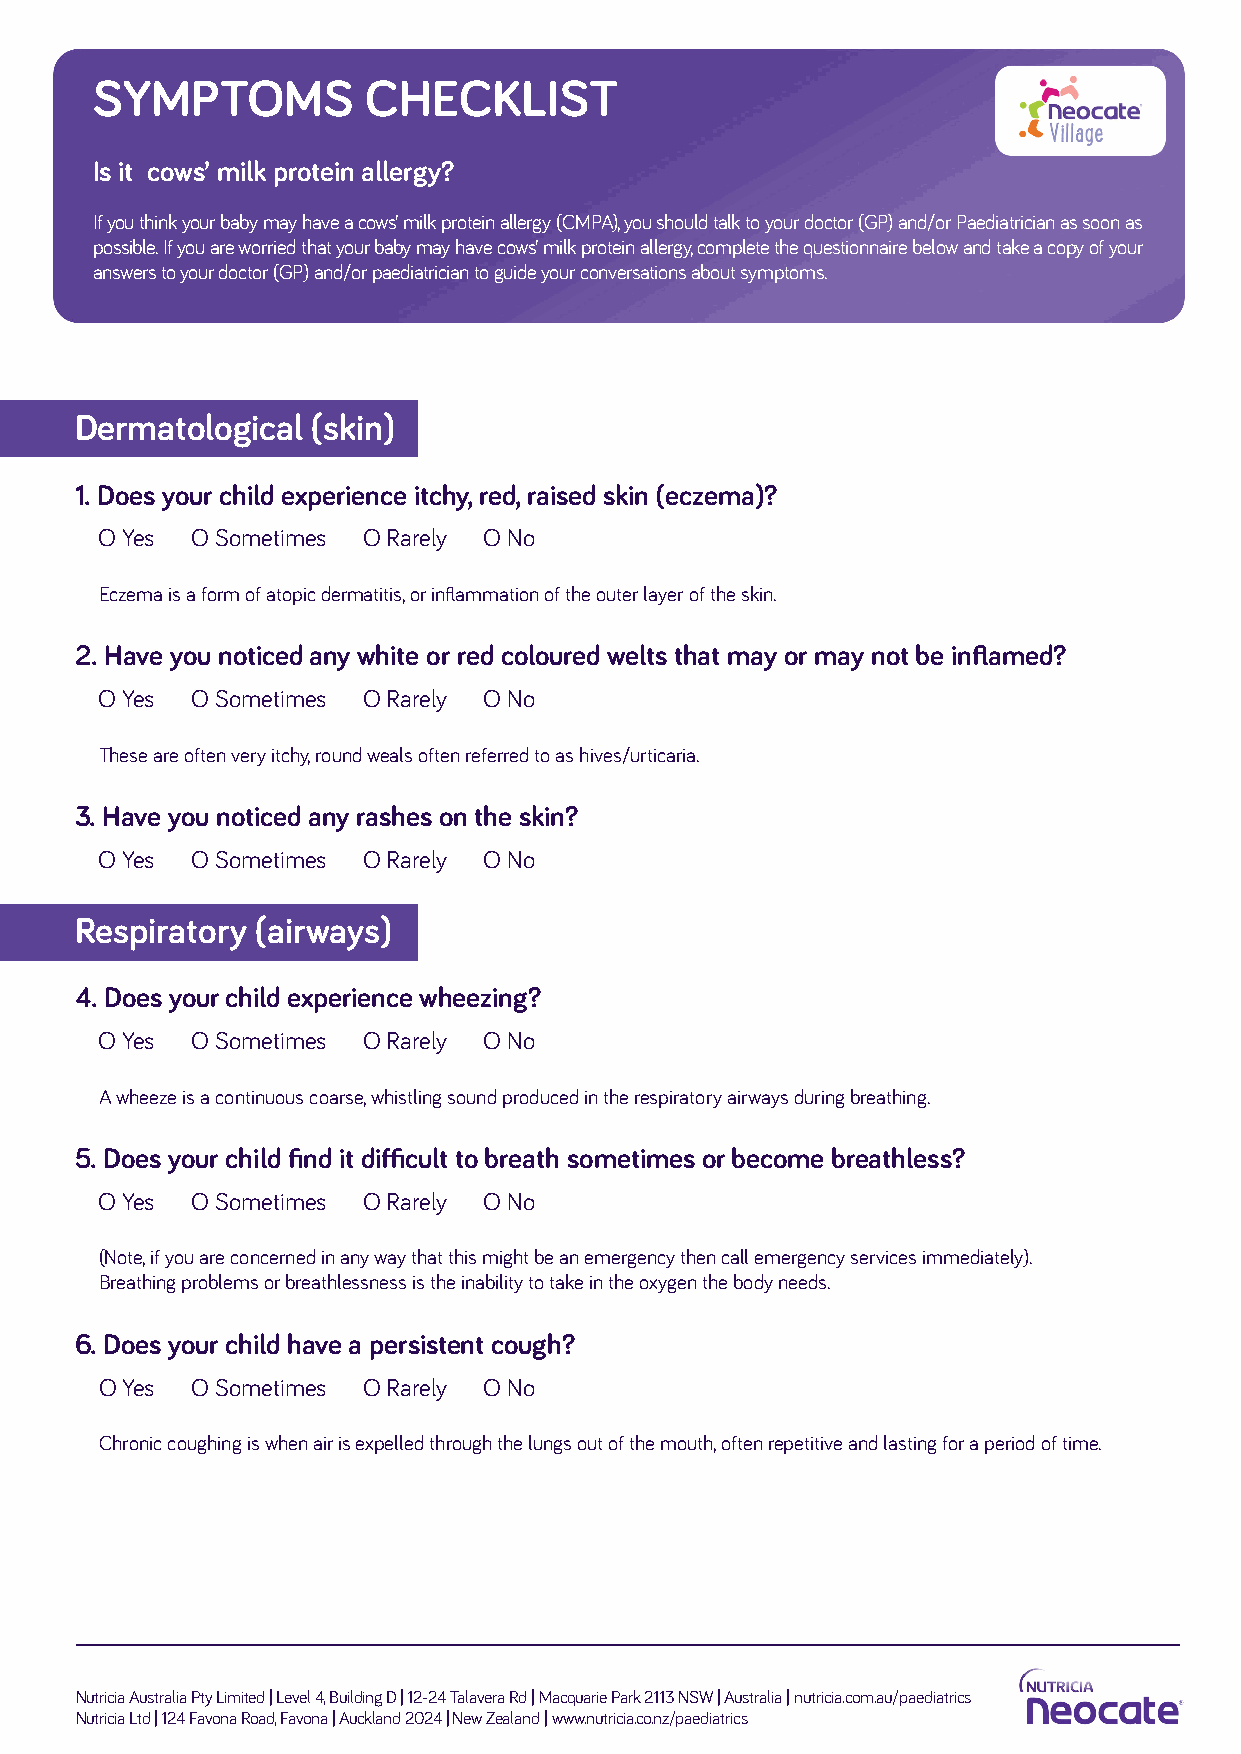
SYMPTOMS          CHECKLIST
 Is it cows’ milk protein allergy?
 If you think your baby may have a cows’ milk protein allergy (CMPA), you should talk to your doctor (GP) and/or Paediatrician as soon as
 possible. If you are worried that your baby may have cows’ milk protein allergy, complete the questionnaire below and take a copy of your
 answers to your doctor (GP) and/or paediatrician to guide your conversations about symptoms.
 Dermatological  (skin)
 1. Does your child experience itchy, red, raised skin (eczema)?
 O Yes O Sometimes O Rarely O No
 Eczema is a form of atopic dermatitis, or inflammation of the outer layer of the skin.
 2. Have you noticed any white or red coloured welts that may or may not be inflamed?
 O Yes O Sometimes O Rarely O No
 These are often very itchy, round weals often referred to as hives/urticaria.
 3. Have you noticed any rashes on the skin?
 O Yes O Sometimes O Rarely O No
 Respiratory (airways)
 4. Does your child experience wheezing?
 O Yes O Sometimes O Rarely O No
 A wheeze is a continuous coarse, whistling sound produced in the respiratory airways during breathing.
 5. Does your child find it difficult to breath sometimes or become breathless?
 O Yes O Sometimes O Rarely O No
 (Note, if you are concerned in any way that this might be an emergency then call emergency services immediately).
 Breathing problems or breathlessness is the inability to take in the oxygen the body needs.
 6. Does your child have a persistent cough?
 O Yes O Sometimes O Rarely O No
 Chronic coughing is when air is expelled through the lungs out of the mouth, often repetitive and lasting for a period of time.
 Nutricia Australia Pty Limited | Level 4, Building D | 12-24 Talavera Rd | Macquarie Park 2113 NSW | Australia | nutricia.com.au/paediatrics
 Nutricia Ltd | 124 Favona Road, Favona | Auckland 2024 | New Zealand | www.nutricia.co.nz/paediatrics